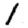
Digit: 1